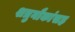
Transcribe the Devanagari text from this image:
शत्रुनौकांसह